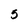
Character: 5